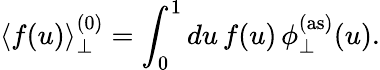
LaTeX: \left<f(u)\right>_{\perp}^{(0)}=\int_{0}^{1}du\, f(u)\, \phi_{\perp}^{(\mathrm{as})}(u).